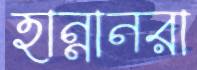
হান্নানরা